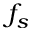
f _ { s }